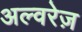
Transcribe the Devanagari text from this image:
अल्वरेज़